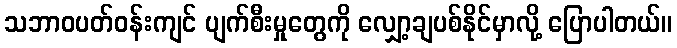
သဘာဝပတ်ဝန်းကျင် ပျက်စီးမှုတွေကို လျှော့ချပစ်နိုင်မှာလို့ ပြောပါတယ်။